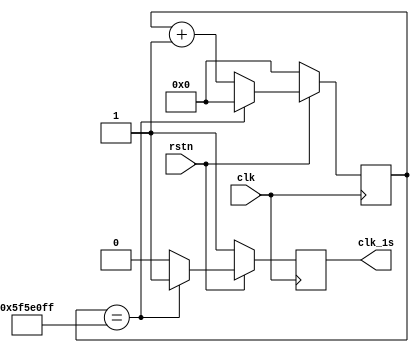
`timescale 1ns / 1ps
//////////////////////////////////////////////////////////////////////////////////
// Company: 
// Engineer: 
// 
// Design Name: 
// Module Name: clock_1s
// Project Name: 
// Target Devices: 
// Tool Versions: 
// Description: 
// 
// Dependencies: 
// 
// Revision:
// Revision 0.01 - File Created
// Additional Comments:
// 
//////////////////////////////////////////////////////////////////////////////////


module clock_1s(
        input clk,
        input rstn,

        output reg clk_1s
    );
    reg [31:0] count;
    always @ (posedge clk) begin
        if(!rstn) begin
            count <= 0;
            clk_1s <= 1;
        end
        else begin
            if(count == 32'd99999999) begin
                count <= 0;
                clk_1s <= 1;
            end
            else begin
                count <= count + 1;
                clk_1s <= 0;
            end
        end
    end
endmodule